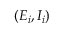
( E _ { i } , I _ { i } )